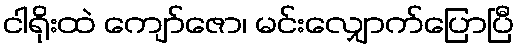
ငါရိုးထဲ ကျော်ဇော၊ မင်းလျှောက်ပြောပြီ